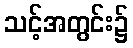
သင့်အတွင်း၌